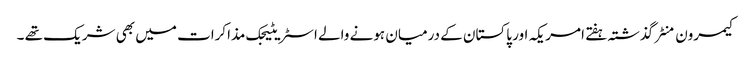
کیمرون منٹر گذشتہ ہفتے امریکہ اور پاکستان کے درمیان ہونے والے اسٹریٹیجک مذاکرات میں بھی شریک تھے ۔